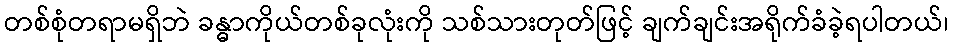
တစ်စုံတရာမရှိဘဲ ခန္ဓာကိုယ်တစ်ခုလုံးကို သစ်သားတုတ်ဖြင့် ချက်ချင်းအရိုက်ခံခဲ့ရပါတယ်၊